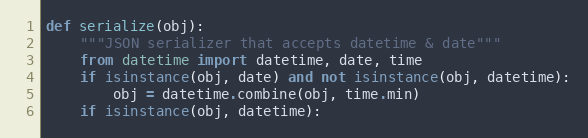
Language: Python
def serialize(obj):
    """JSON serializer that accepts datetime & date"""
    from datetime import datetime, date, time
    if isinstance(obj, date) and not isinstance(obj, datetime):
        obj = datetime.combine(obj, time.min)
    if isinstance(obj, datetime):